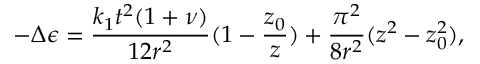
- \Delta \epsilon = \frac { k _ { 1 } t ^ { 2 } ( 1 + \nu ) } { 1 2 r ^ { 2 } } ( 1 - \frac { z _ { 0 } } { z } ) + \frac { \pi ^ { 2 } } { 8 r ^ { 2 } } ( z ^ { 2 } - z _ { 0 } ^ { 2 } ) ,